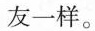
友一样。